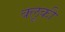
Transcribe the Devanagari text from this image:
क्लूकी